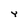
Character: Y